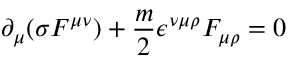
\partial _ { \mu } ( \sigma F ^ { \mu \nu } ) + \frac { m } { 2 } \epsilon ^ { \nu \mu \rho } F _ { \mu \rho } = 0